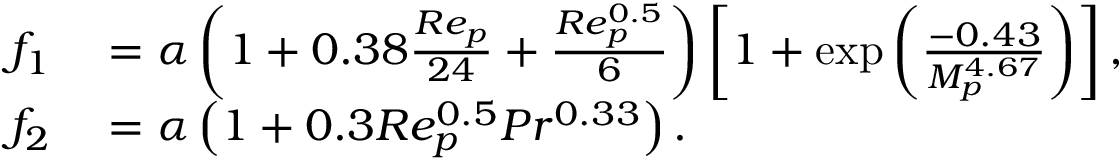
\begin{array} { r l } { f _ { 1 } } & { { } = \alpha \left( 1 + 0 . 3 8 \frac { R e _ { p } } { 2 4 } + \frac { R e _ { p } ^ { 0 . 5 } } { 6 } \right) \left[ 1 + \exp \left( \frac { - 0 . 4 3 } { M _ { p } ^ { 4 . 6 7 } } \right) \right] , } \\ { f _ { 2 } } & { { } = \alpha \left( 1 + 0 . 3 R e _ { p } ^ { 0 . 5 } P r ^ { 0 . 3 3 } \right) . } \end{array}